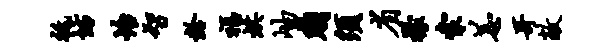
只坊怡智龄福烘岫贱须省檬索恙哥敞